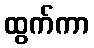
ထွက်ကာ